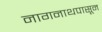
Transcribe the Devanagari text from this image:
नागनाथपासून